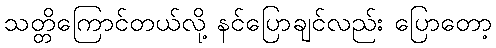
သတ္တိကြောင်တယ်လို့ နင်ပြောချင်လည်း ပြောတော့